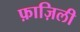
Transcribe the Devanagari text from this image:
फ़ाज़िली